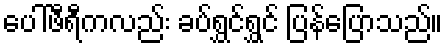
ပေါ်ဖီရီကလည်း ခပ်ရွှင်ရွှင် ပြန်ပြောသည်။